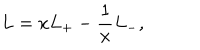
L = x L _ { + } - \frac { 1 } { x } L _ { - } ,